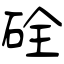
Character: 硂